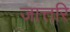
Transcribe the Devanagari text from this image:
जात्तरि